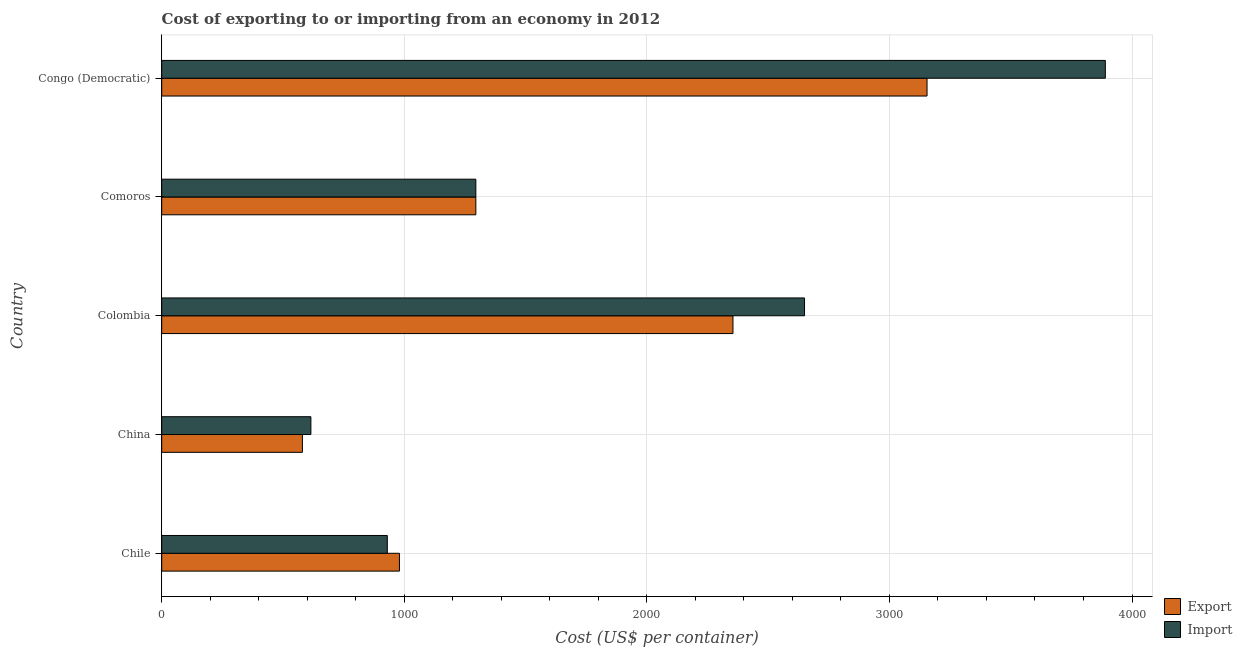
| Country | Export | Import |
 | --- | --- | --- |
 | Chile | 980 | 930 |
 | China | 580 | 615 |
 | Colombia | 2.36e+03 | 2.65e+03 |
 | Comoros | 1.3e+03 | 1.3e+03 |
 | Congo (Democratic) | 3.16e+03 | 3.89e+03 |